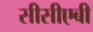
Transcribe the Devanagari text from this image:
सीसीएबी